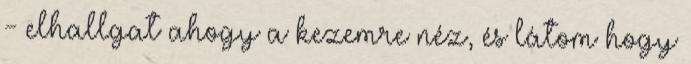
- elhallgat ahogy a kezemre néz, és látom hogy